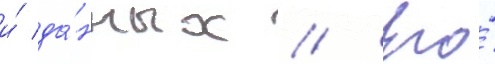
и́ да́нных // Его́